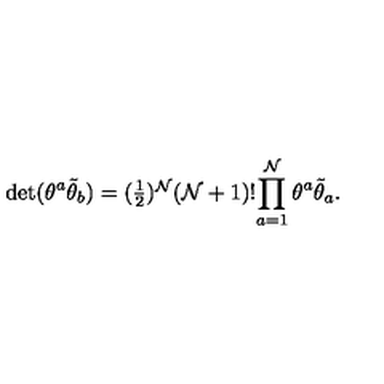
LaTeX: \det ( \theta ^ { a } \tilde { \theta } _ { b } ) = ( \textstyle { \frac { 1 } { 2 } } ) ^ { { \cal N } } ( { \cal N } + 1 ) ! \displaystyle { \prod _ { a = 1 } ^ { { \cal N } } \theta ^ { a } \tilde { \theta } _ { a } } .